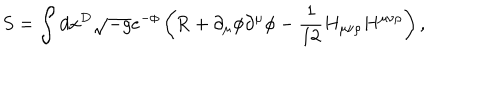
S = \int { d x } ^ { D } \sqrt { - g } e ^ { - \phi } \left( \mathrm { R } + \partial _ { \mu } \phi \partial ^ { \mu } \phi - \frac { 1 } { 1 2 } H _ { \mu \nu \rho } H ^ { \mu \nu \rho } \right) ,